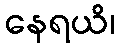
နေရယိ၊